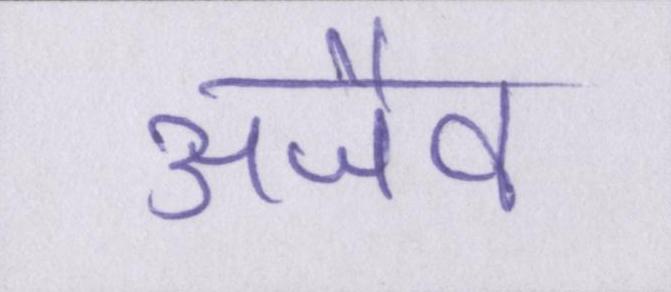
अजैव